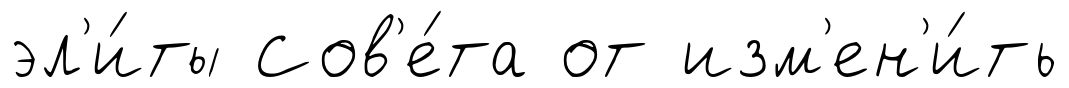
эл'и́ты Сов'е́та от изм'ен'и́ть